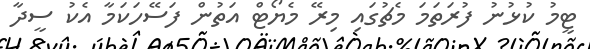
ޓީމު ކުޅުނު ފުރަތަމަ މެޗުގައި މިރޭ މެޔޯޓް އަތުން ފަސޭހަކަމާ އެކު ސީދާ